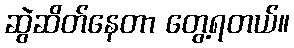
ဆွဲဆိတ်နေတာ တွေ့ရတယ်။